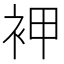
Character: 䘥